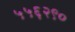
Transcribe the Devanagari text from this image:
५५६२९०